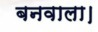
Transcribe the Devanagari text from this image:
बनवाला।